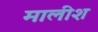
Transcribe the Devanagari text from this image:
मालीश